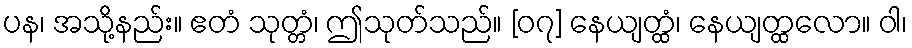
ပန၊ အသို့နည်း။ ဧတံ သုတ္တံ၊ ဤသုတ်သည်။ [၀၇] နေယျတ္ထံ၊ နေယျတ္ထလော။ ဝါ၊